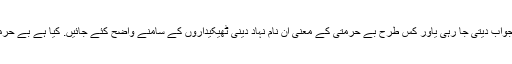
میری سوچ اور عقل جواب دیتی جا رہی یاور کس طرح بے حرمتی کے معنی اِن نام نہاد دینی ٹھیکیداروں کے سامنے واضح کئے جائیں. کیا ہے بے حرمتی ہے کوئی جواب؟